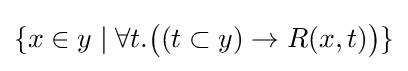
\{x\in y\mid \forall t.{\big (}(t\subset y)\to R(x,t){\big )}\}